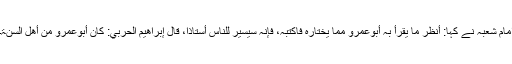
امام شعبہ نے کہا: أنظر ما یقرأ بہ أبوعمرو مما یختارہ فاکتبہ، فإنہ سیسیر للناس أستاذا، قال إبراھیم الحربي: کان أبوعمرو من أھل السنۃ۔